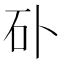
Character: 𥐚